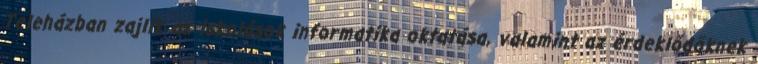
Teleházban zajlik az iskolások informatika oktatása, valamint az érdeklődőknek